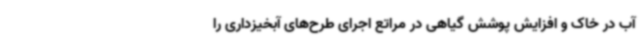
آب در خاک و افزایش پوشش گیاهی در مراتع اجرای طرح‌های آبخیزداری را